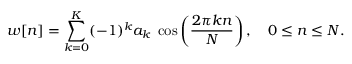
w [ n ] = \sum _ { k = 0 } ^ { K } ( - 1 ) ^ { k } a _ { k } \; \cos \left( { \frac { 2 \pi k n } { N } } \right) , \quad 0 \leq n \leq N .